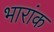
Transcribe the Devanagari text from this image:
भारांक